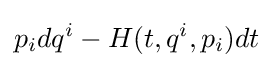
p_{i}dq^{i}-H(t,q^{i},p_{i})dt